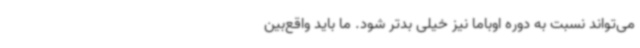
می‌تواند نسبت به دوره اوباما نیز خیلی بدتر شود. ما باید واقع‌بین